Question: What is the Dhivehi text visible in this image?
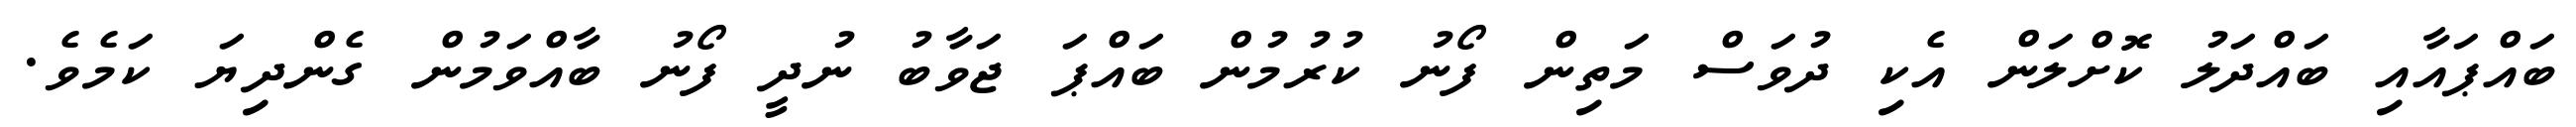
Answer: ބައްޕައާއި ބައްދަލު ކޮށްލަން އެކި ދުވަސް މަތިން ފޯނު ކުރުމުން ބައްޕަ ޖަވާބު ނުދީ ފޯނު ބާއްވަމުން ގެންދިޔަ ކަމެވެ.